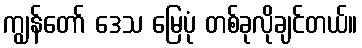
ကျွန်တော် ဒေသ မြေပုံ တစ်ခုလိုချင်တယ်။